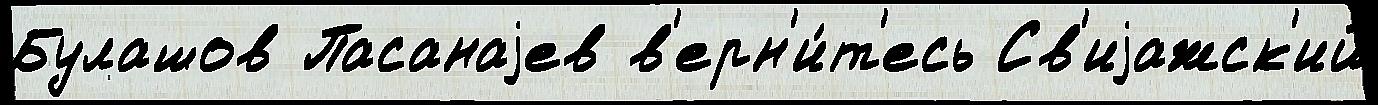
Булашов Пасанаjев в'ерн'и́т'есь Св'иjажск'ий